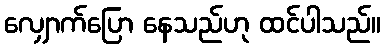
လျှောက်ပြော နေသည်ဟု ထင်ပါသည်။